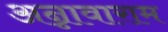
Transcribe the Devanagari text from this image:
अन्नावाराम